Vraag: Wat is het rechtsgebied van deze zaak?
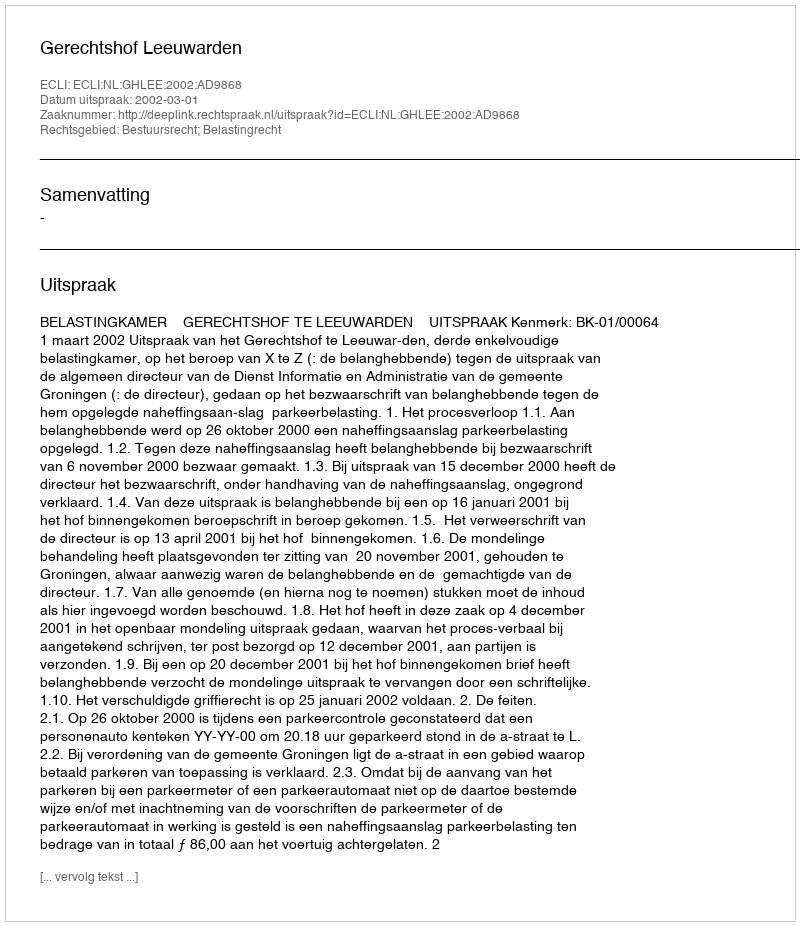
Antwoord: Bestuursrecht; Belastingrecht